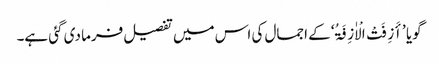
گویا ’أَزِفَتْ الْاٰزِفَۃُ‘ کے اجمال کی اس میں تفصیل فرما دی گئی ہے۔